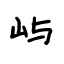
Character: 屿